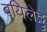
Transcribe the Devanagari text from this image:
बयिलेट्टु